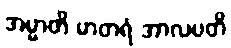
အမ္မာတိ မာတရံ အာလပတိ